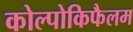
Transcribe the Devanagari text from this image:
कोल्पोकिफैलम